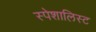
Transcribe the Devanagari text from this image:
स्पेशालिस्ट